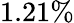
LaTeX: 1.21\%